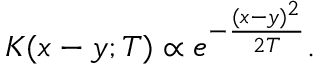
K ( x - y ; T ) \propto e ^ { - { \frac { ( x - y ) ^ { 2 } } { 2 T } } } .